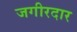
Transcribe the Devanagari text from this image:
जगीरदार